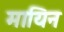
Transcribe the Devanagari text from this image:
मायिन